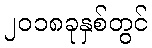
၂၀၁၈ခုနှစ်တွင်